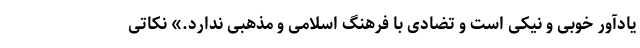
یادآور خوبی و نیکی است و تضادی با فرهنگ اسلامی و مذهبی ندارد.» نکاتی